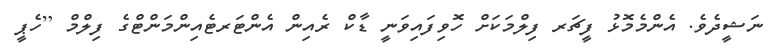
ނަޝީދެވެ. އެންމެމޮޅު ފީޗަރ ފިލްމަކަށް ހޮވިފައިވަނީ ޑާކް ރެއިން އެންޓަރޓެއިންމަންޓްގެ ފިލްމް [ހެޕީ